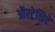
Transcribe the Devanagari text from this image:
ऑस्ट्रेलिऐ